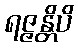
ရဇ္ဇန္တိပိ